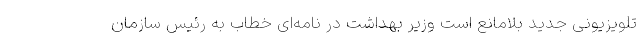
تلویزیونی جدید بلامانع است وزیر بهداشت در نامه‌ای خطاب به رئیس سازمان